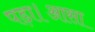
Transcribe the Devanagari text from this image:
पड़ा।आसा